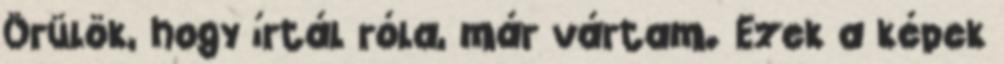
Örülök, hogy írtál róla, már vártam. Ezek a képek